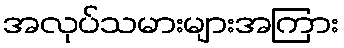
အလုပ်သမားများအကြား